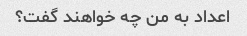
اعداد به من چه خواهند گفت؟